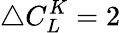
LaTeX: \bigtriangleup C_{L}^{K}=2